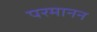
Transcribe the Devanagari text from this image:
परमानन